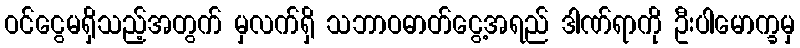
ဝင်ငွေမရှိသည့်အတွက် မှလက်ရှိ သဘာဝဓာတ်ငွေ့အရည် ဒါဏ်ရာကို ဦးပါမောက္ခမှ